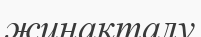
жинақталу